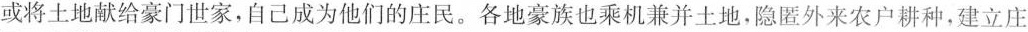
或将土地献给豪门世家，自己成为他们的庄民。各地豪族也乘机兼并土地，隐匿外来农户耕种，建立庄